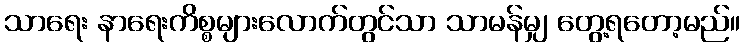
သာရေး နာရေးကိစ္စများလောက်တွင်သာ သာမန်မျှ တွေ့ရတော့မည်။